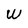
Character: W